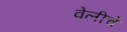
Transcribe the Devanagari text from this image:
वेलीचे